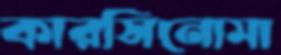
কারসিনোমা